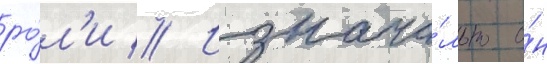
ро́л'и // Изнача́льно о́н